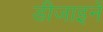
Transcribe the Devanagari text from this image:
डीजाइनें